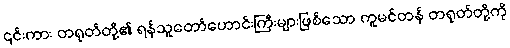
၎င်းကား တရုတ်တို့၏ ရန်သူတော်ဟောင်းကြီးများဖြစ်သော ကူမင်တန် တရုတ်တို့ကို